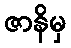
ဇာနိမှ